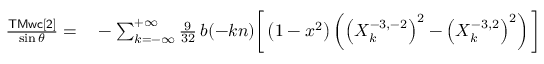
\begin{array} { r l } { \frac { \sf T M w c [ 2 ] } { \sin \theta } = } & { { } - \sum _ { k = - \infty } ^ { + \infty } \frac { 9 } { 3 2 } \, b ( - k n ) \bigg [ \left( 1 - x ^ { 2 } \right) \left( \left( X _ { k } ^ { - 3 , - 2 } \right) ^ { 2 } - \left( X _ { k } ^ { - 3 , 2 } \right) ^ { 2 } \right) \bigg ] } \end{array}